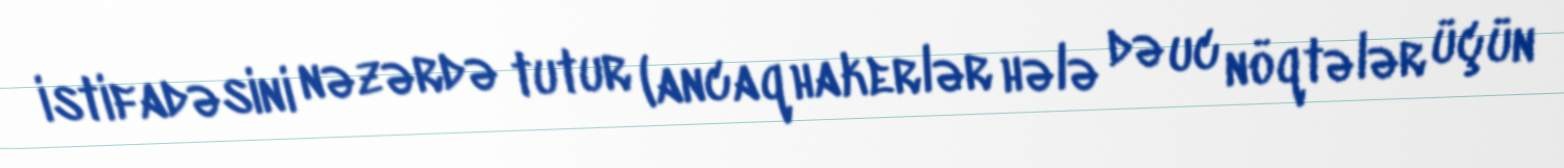
istifadəsini nəzərdə tutur (ancaq hakerlər hələ də uc nöqtələr üçün